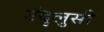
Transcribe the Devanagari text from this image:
उंदुलुसी